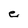
Character: e